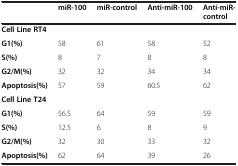
|  | miR-100 | miR-control | Anti-miR-100 | Anti-miR-control |
 | --- | --- | --- | --- | --- |
 | Cell Line RT4 |  |  |  |  |
 | G1(%) | 58 | 61 | 58 | 52 |
 | S(%) | 8 | 7 | 8 | 8 |
 | G2/M(%) | 32 | 32 | 34 | 34 |
 | Apoptosis(%) | 57 | 59 | 60.5 | 62 |
 | Cell Line T24 |  |  |  |  |
 | G1(%) | 56.5 | 64 | 59 | 59 |
 | S(%) | 12.5 | 6 | 8 | 9 |
 | G2/M(%) | 32 | 30 | 33 | 32 |
 | Apoptosis(%) | 62 | 64 | 39 | 26 |